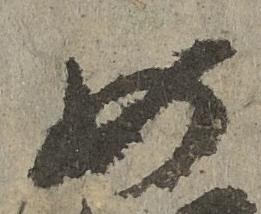
如